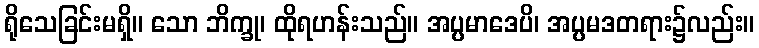
ရိုသေခြင်းမရှိ။ သော ဘိက္ခု၊ ထိုရဟန်းသည်။ အပ္ပမာဒေပိ၊ အပ္ပမဒတရား၌လည်း။